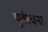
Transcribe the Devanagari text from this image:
पूर्वरचना